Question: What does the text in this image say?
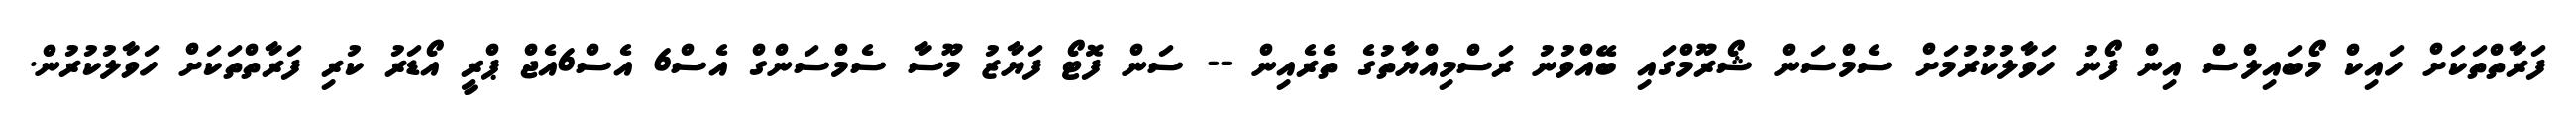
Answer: ފަރާތްތަކަށް ހައިކް މޯބައިލްސް އިން ފޯނު ހަވާލުކުރުމަށް ސެމްސަން ޝޯރޫމްގައި ބޭއްވުނު ރަސްމިއްޔާތުގެ ތެރެއިން -- ސަން ފޮޓޯ ފަޔާޒު މޫސާ ސެމްސަންގް އެސް6 އެސް6އެޖް ޕްރީ އޯޑަރު ކުރި ފަރާތްތަކަށް ހަވާލުކުރުން.